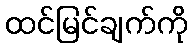
ထင်မြင်ချက်ကို